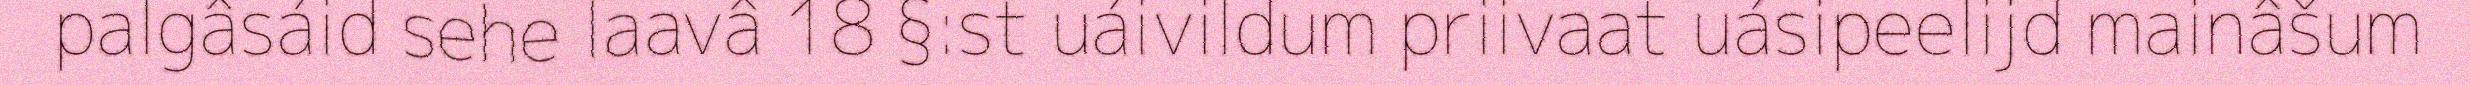
palgâsáid sehe laavâ 18 §:st uáivildum priivaat uásipeelijd mainâšum